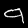
Digit: 9